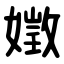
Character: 嬍